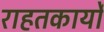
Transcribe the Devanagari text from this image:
राहतकार्यों